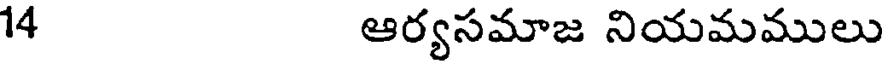
14 ఆర్యసమాజ నియమములు